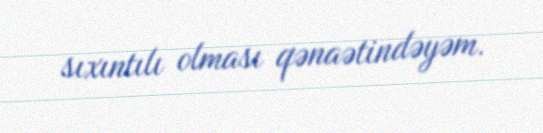
sıxıntılı olması qənaətindəyəm.